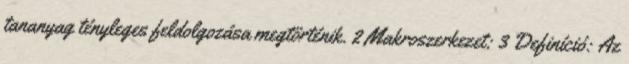
tananyag tényleges feldolgozása megtörténik. 2 Makroszerkezet: 3 Definíció: Az